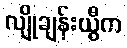
လျိုချန်းယွီက